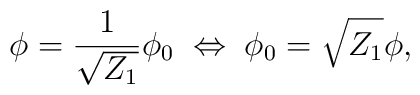
\phi =\frac{1}{\sqrt{Z_{1}}}\phi _{0}\; \Leftrightarrow \; \phi _{0}=\sqrt{Z_{1}}\phi ,